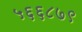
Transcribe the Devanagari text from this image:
५६६८७९